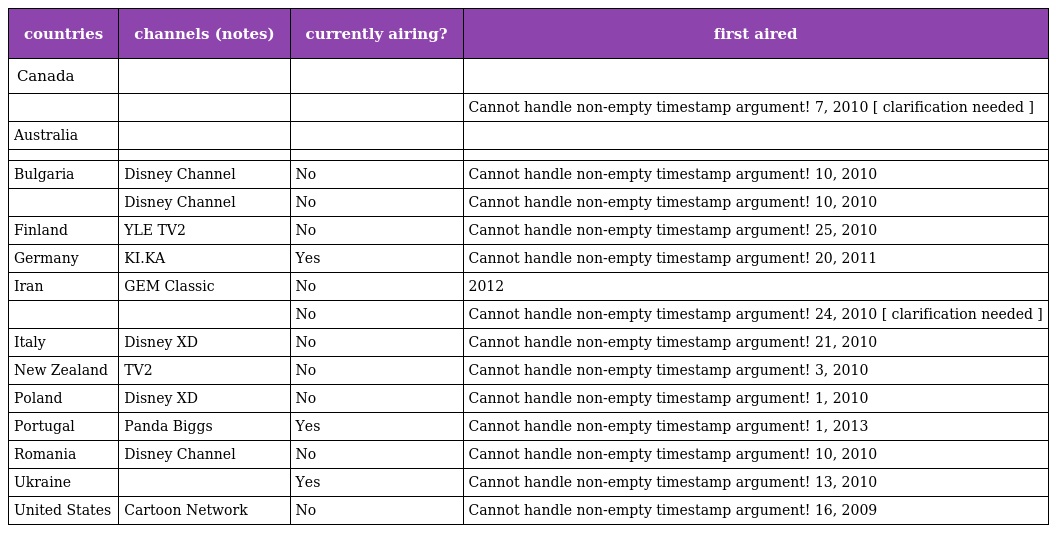
| countries | channels (notes) | currently airing? | first aired |
 | --- | --- | --- | --- |
 | Canada |  |  |  |
 |  |  |  | Cannot handle non-empty timestamp argument! 7, 2010 [ clarification needed ] |
 | Australia |  |  |  |
 |  |  |  |  |
 | Bulgaria | Disney Channel | No | Cannot handle non-empty timestamp argument! 10, 2010 |
 |  | Disney Channel | No | Cannot handle non-empty timestamp argument! 10, 2010 |
 | Finland | YLE TV2 | No | Cannot handle non-empty timestamp argument! 25, 2010 |
 | Germany | KI.KA | Yes | Cannot handle non-empty timestamp argument! 20, 2011 |
 | Iran | GEM Classic | No | 2012 |
 |  |  | No | Cannot handle non-empty timestamp argument! 24, 2010 [ clarification needed ] |
 | Italy | Disney XD | No | Cannot handle non-empty timestamp argument! 21, 2010 |
 | New Zealand | TV2 | No | Cannot handle non-empty timestamp argument! 3, 2010 |
 | Poland | Disney XD | No | Cannot handle non-empty timestamp argument! 1, 2010 |
 | Portugal | Panda Biggs | Yes | Cannot handle non-empty timestamp argument! 1, 2013 |
 | Romania | Disney Channel | No | Cannot handle non-empty timestamp argument! 10, 2010 |
 | Ukraine |  | Yes | Cannot handle non-empty timestamp argument! 13, 2010 |
 | United States | Cartoon Network | No | Cannot handle non-empty timestamp argument! 16, 2009 |